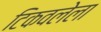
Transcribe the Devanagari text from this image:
टिकवलेला